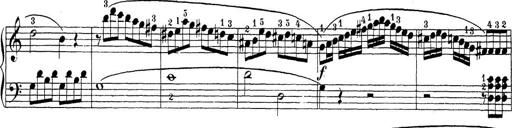
Title: Sonatina Album
Composer: Louis KÃ¶hler